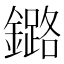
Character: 鏴